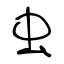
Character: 虫